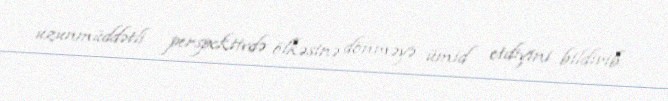
uzunmüddətli perspektivdə ölkəsinə dönməyə ümid etdiyini bildirib.